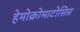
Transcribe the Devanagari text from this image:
हेमोक्रोमाटोसिस